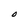
Character: O